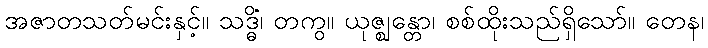
အဇာတသတ်မင်းနှင့်။ သဒ္ဓိံ၊ တကွ။ ယုဇ္ဈန္တော၊ စစ်ထိုးသည်ရှိသော်။ တေန၊